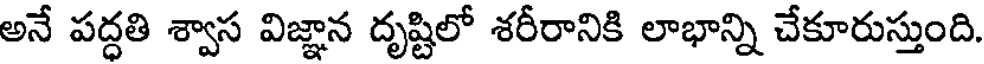
అనే పద్ధతి శ్వాస విజ్ఞాన దృష్టిలో శరీరానికి లాభాన్ని చేకూరుస్తుంది.